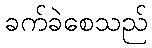
ခက်ခဲစေသည်